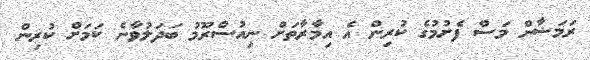
ރަމަޟާން މަސް ފެށުމުގެ ކުރިން އެ އިމާރާތަށް ނިއުސްރޫމު ބަދަލުވާނެ ކަމަށް ކުރިން